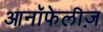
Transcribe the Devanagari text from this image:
आनॉफेलीज़